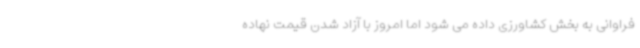
فراوانی به بخش کشاورزی داده می شود اما امروز با آزاد شدن قیمت نهاده